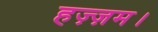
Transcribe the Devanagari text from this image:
हज़्ज़म।